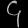
Digit: ၄